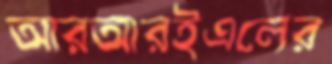
আরআরইএলের